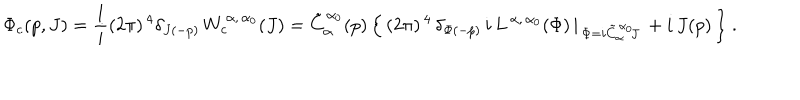
\Phi _ { c } ( p , J ) = \frac { 1 } { i } ( 2 \pi ) ^ { \, 4 } \delta _ { J ( - p ) } \, W _ { c } ^ { \, \alpha , \, \alpha _ { 0 } } ( J ) = \tilde { C } _ { \alpha } ^ { \, \alpha _ { 0 } } ( p ) \, \Bigl \{ \, ( 2 \pi ) ^ { \, 4 } \, \delta _ { \Phi ( - p ) } \, i \, L ^ { \, \alpha , \, \alpha _ { 0 } } ( \Phi ) \, \vert _ { \, \Phi = i \tilde { C } _ { \alpha } ^ { \, \alpha _ { 0 } } \! J } \, + i \, J ( p ) \, \Bigr \} \ .